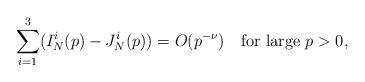
LaTeX: \begin{align*}\sum_{i=1}^3(I_N^i(p)-J_N^i(p))=O(p^{-\nu})\quad\mbox{for large } p>0,\end{align*}